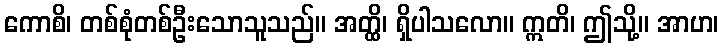
ကောစိ၊ တစ်စုံတစ်ဦးသောသူသည်။ အတ္ထိ၊ ရှိပါသလော။ ဣတိ၊ ဤသို့။ အာဟ၊